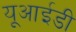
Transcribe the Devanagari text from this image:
यूआईडी